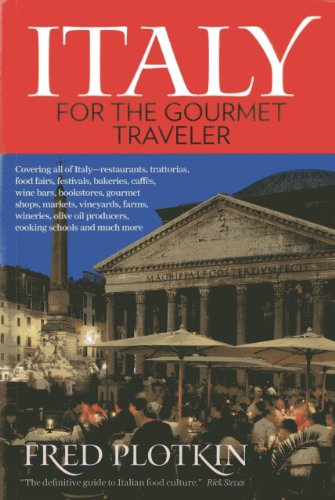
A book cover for Italy for the Gourmet Traveler; Fred Plotkin; Travel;